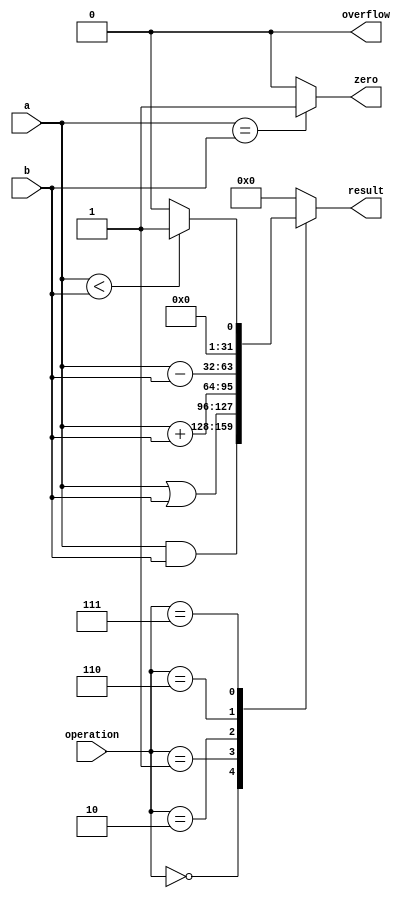
`timescale 1ns / 1ps

module ALU_32 ( a, b, operation, result, overflow, zero );
    input       [31:0]  a, b;
    input       [3:0]   operation;
    output  reg [31:0]  result;
    output  reg         overflow, zero;

    wire            set;
    wire    [31:0]  carryOut;
    wire            aInvert, bNegate;
    
    initial
    begin
        result = 0;
        overflow = 0;
        zero = 0;
    end
    
    always @ ( a, b, operation )
    begin
        case ( operation )
            4'b0000:    result = a & b;
            4'b0001:    result = a | b;
            4'b0010:    result = a + b;
            4'b0110:    result = a - b;
            4'b0111:    result = a < b ? 1 : 0;
            default:    result = 0;
        endcase
    end
    
//    assign aInvert = operation[3];
//    assign bNegate = operation[2];

//    ALU_1   alu01 (a[0], b[0], set, aInvert, bNegate, bNegate, operation[1:0], result[0], , , carryOut[0]);
//    ALU_1   alu02 (a[1], b[1], 1'b0, aInvert, bNegate, carryOut[0], operation[1:0], result[1], , , carryOut[1]);
//    ALU_1   alu03 (a[2], b[2], 1'b0, aInvert, bNegate, carryOut[1], operation[1:0], result[2], , , carryOut[2]);
//    ALU_1   alu04 (a[3], b[3], 1'b0, aInvert, bNegate, carryOut[2], operation[1:0], result[3], , , carryOut[3]);
//    ALU_1   alu05 (a[4], b[4], 1'b0, aInvert, bNegate, carryOut[3], operation[1:0], result[4], , , carryOut[4]);
//    ALU_1   alu06 (a[5], b[5], 1'b0, aInvert, bNegate, carryOut[4], operation[1:0], result[5], , , carryOut[5]);
//    ALU_1   alu07 (a[6], b[6], 1'b0, aInvert, bNegate, carryOut[5], operation[1:0], result[6], , , carryOut[6]);
//    ALU_1   alu08 (a[7], b[7], 1'b0, aInvert, bNegate, carryOut[6], operation[1:0], result[7], , , carryOut[7]);
//    ALU_1   alu09 (a[8], b[8], 1'b0, aInvert, bNegate, carryOut[7], operation[1:0], result[8], , , carryOut[8]);
//    ALU_1   alu10 (a[9], b[9], 1'b0, aInvert, bNegate, carryOut[8], operation[1:0], result[9], , , carryOut[9]);
//    ALU_1   alu11 (a[10], b[10], 1'b0, aInvert, bNegate, carryOut[9], operation[1:0], result[10], , , carryOut[10]);
//    ALU_1   alu12 (a[11], b[11], 1'b0, aInvert, bNegate, carryOut[10], operation[1:0], result[11], , , carryOut[11]);
//    ALU_1   alu13 (a[12], b[12], 1'b0, aInvert, bNegate, carryOut[11], operation[1:0], result[12], , , carryOut[12]);
//    ALU_1   alu14 (a[13], b[13], 1'b0, aInvert, bNegate, carryOut[12], operation[1:0], result[13], , , carryOut[13]);
//    ALU_1   alu15 (a[14], b[14], 1'b0, aInvert, bNegate, carryOut[13], operation[1:0], result[14], , , carryOut[14]);
//    ALU_1   alu16 (a[15], b[15], 1'b0, aInvert, bNegate, carryOut[14], operation[1:0], result[15], , , carryOut[15]);
//    ALU_1   alu17 (a[16], b[16], 1'b0, aInvert, bNegate, carryOut[15], operation[1:0], result[16], , , carryOut[16]);
//    ALU_1   alu18 (a[17], b[17], 1'b0, aInvert, bNegate, carryOut[16], operation[1:0], result[17], , , carryOut[17]);
//    ALU_1   alu19 (a[18], b[18], 1'b0, aInvert, bNegate, carryOut[17], operation[1:0], result[18], , , carryOut[18]);
//    ALU_1   alu20 (a[19], b[19], 1'b0, aInvert, bNegate, carryOut[18], operation[1:0], result[19], , , carryOut[19]);
//    ALU_1   alu21 (a[20], b[20], 1'b0, aInvert, bNegate, carryOut[19], operation[1:0], result[20], , , carryOut[20]);
//    ALU_1   alu22 (a[21], b[21], 1'b0, aInvert, bNegate, carryOut[20], operation[1:0], result[21], , , carryOut[21]);
//    ALU_1   alu23 (a[22], b[22], 1'b0, aInvert, bNegate, carryOut[21], operation[1:0], result[22], , , carryOut[22]);
//    ALU_1   alu24 (a[23], b[23], 1'b0, aInvert, bNegate, carryOut[22], operation[1:0], result[23], , , carryOut[23]);
//    ALU_1   alu25 (a[24], b[24], 1'b0, aInvert, bNegate, carryOut[23], operation[1:0], result[24], , , carryOut[24]);
//    ALU_1   alu26 (a[25], b[25], 1'b0, aInvert, bNegate, carryOut[24], operation[1:0], result[25], , , carryOut[25]);
//    ALU_1   alu27 (a[26], b[26], 1'b0, aInvert, bNegate, carryOut[25], operation[1:0], result[26], , , carryOut[26]);
//    ALU_1   alu28 (a[27], b[27], 1'b0, aInvert, bNegate, carryOut[26], operation[1:0], result[27], , , carryOut[27]);
//    ALU_1   alu29 (a[28], b[28], 1'b0, aInvert, bNegate, carryOut[27], operation[1:0], result[28], , , carryOut[28]);
//    ALU_1   alu30 (a[29], b[29], 1'b0, aInvert, bNegate, carryOut[28], operation[1:0], result[29], , , carryOut[29]);
//    ALU_1   alu31 (a[30], b[30], 1'b0, aInvert, bNegate, carryOut[29], operation[1:0], result[30], , , carryOut[30]);
//    ALU_1   alu32 (a[31], b[31], 1'b0, aInvert, bNegate, carryOut[30], operation[1:0], result[31], set, , carryOut[31]);

//    assign  zero = ~(|result);
//    xor     (overflow, carryOut[30], carryOut[31]);

    always @ ( a, b )
        zero = a == b ? 1 : 0;
    
    always @ ( a, b )   overflow = 0;
endmodule